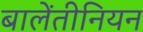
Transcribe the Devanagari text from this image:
बालेंतीनियन